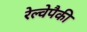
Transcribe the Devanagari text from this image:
रेल्वेपैकी